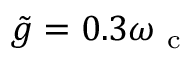
\tilde { g } = 0 . 3 \omega _ { \mathrm { ~ c ~ } }